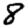
Digit: 8